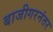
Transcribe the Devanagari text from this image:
बाजीगरनंतर